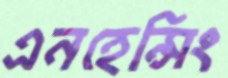
এনহেন্সিং